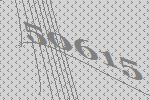
50615